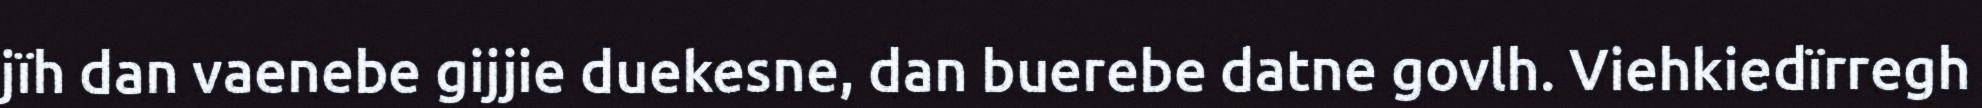
jïh dan vaenebe gijjie duekesne, dan buerebe datne govlh. Viehkiedïrregh